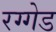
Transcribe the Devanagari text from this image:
रग्गेड